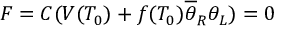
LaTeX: F = C ( V ( T _ { 0 } ) + f ( T _ { 0 } ) \overline { { { \theta } } } _ { R } \theta _ { L } ) = 0